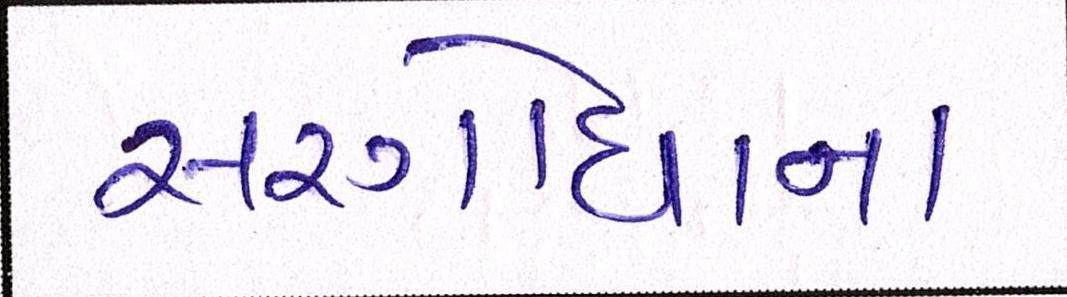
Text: સરગોધાના